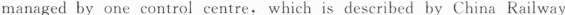
managed by one control centre, which is described by China Railway